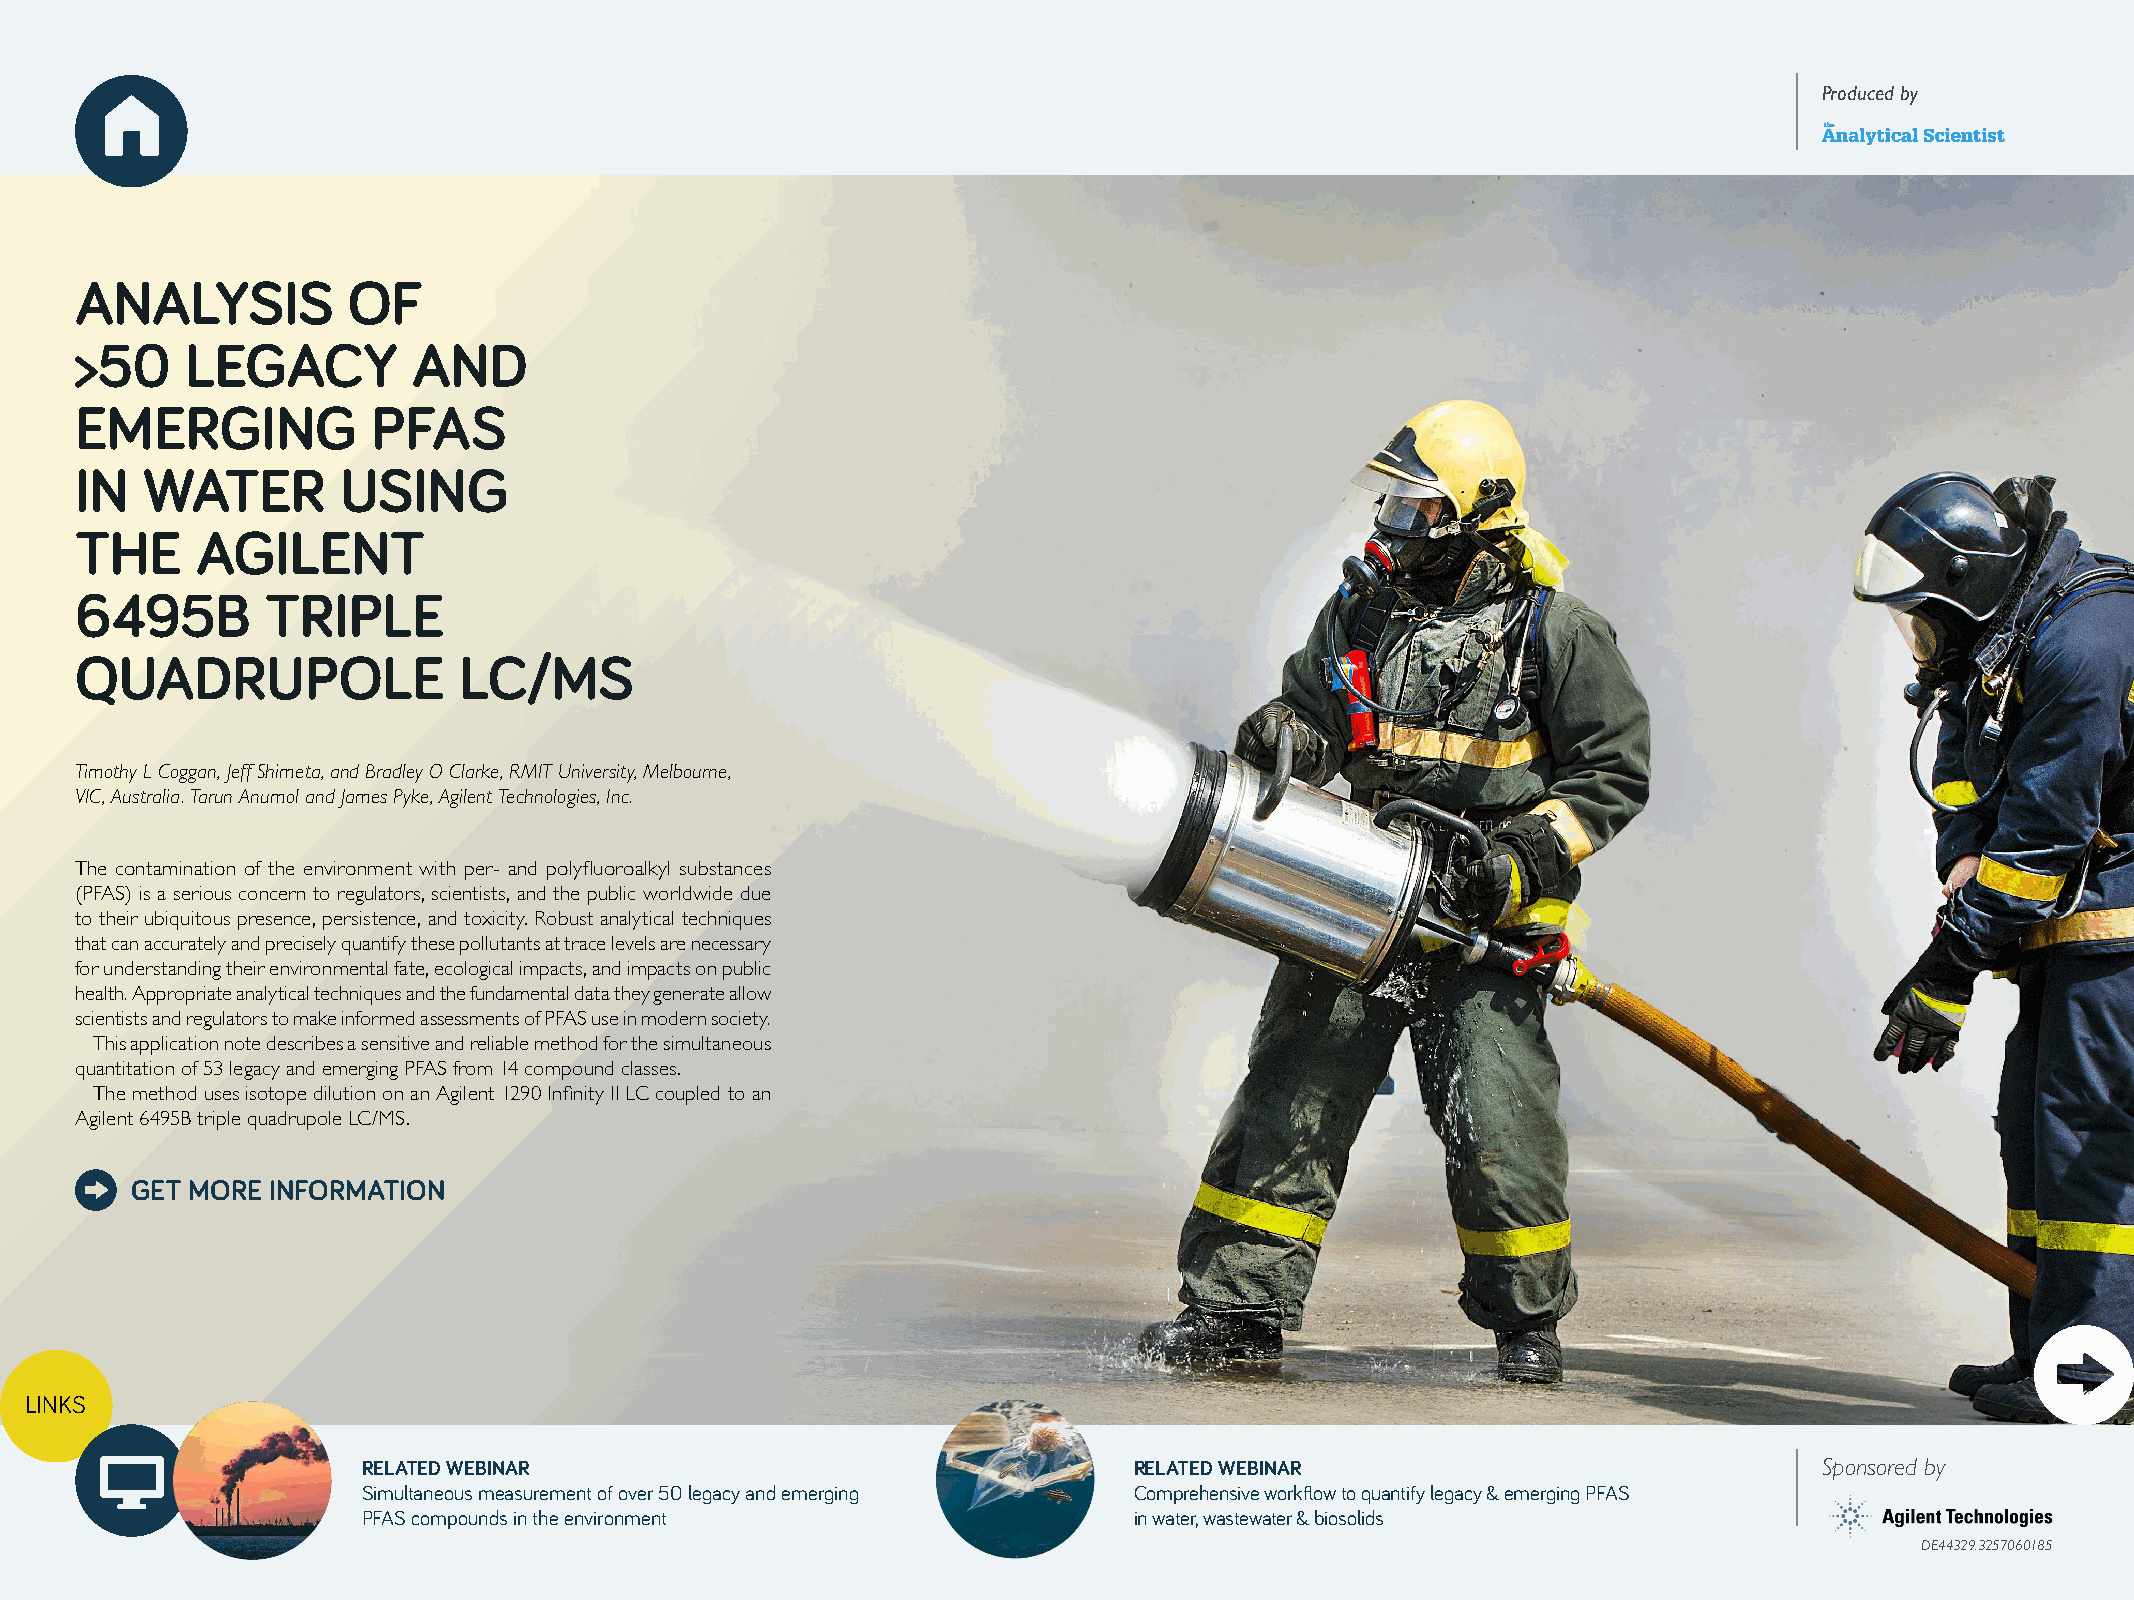
Produced by
 ANALYSIS          OF
 >50    LEGACY         AND
 EMERGING            PFAS
 IN  WATER        USING
 THE     AGILENT
 6495B        TRIPLE
 QUADRUPOLE               LC/MS
 Timothy L Coggan, Jeff Shimeta, and Bradley O Clarke, RMIT University, Melbourne,
 VIC, Australia. Tarun Anumol and James Pyke, Agilent Technologies, Inc.
 The contamination of the environment with per- and polyfluoroalkyl substances
 (PFAS) is a serious concern to regulators, scientists, and the public worldwide due
 to their ubiquitous presence, persistence, and toxicity. Robust analytical techniques
 that can accurately and precisely quantify these pollutants at trace levels are necessary
 for understanding their environmental fate, ecological impacts, and impacts on public
 health. Appropriate analytical techniques and the fundamental data they generate allow
 scientists and regulators to make informed assessments of PFAS use in modern society.
 This application note describes a sensitive and reliable method for the simultaneous
 quantitation of 53 legacy and emerging PFAS from 14 compound classes.
 The method uses isotope dilution on an Agilent 1290 Infinity II LC coupled to an
 Agilent 6495B triple quadrupole LC/MS.
 GET MORE INFORMATION
 LINKS
 RELATED WEBINAR                                    RELATED WEBINAR                               Sponsored by
 Simultaneous measurement of over 50 legacy and emerging Comprehensive workflow to quantify legacy & emerging PFAS
 PFAS compounds in the environment                  in water, wastewater & biosolids
 DE44329.3257060185